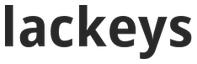
lackeys